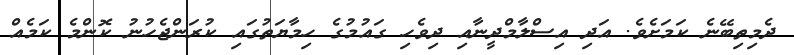
ދެމިތިބޭނެ ކަމަށެވެ. އަދި އިސްލާމްދީނާއި ދިވެހި ގައުމުގެ ހިމާޔަތުގައި ކުރަންޖެހުނު ކޮންމެ ކަމެއް